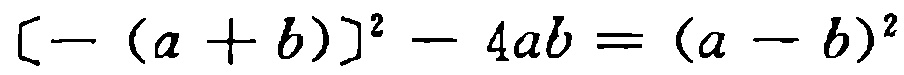
\[[- (a + b)]^{2} - 4ab = (a - b)^{2}\]